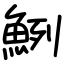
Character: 𩶽